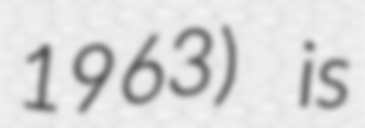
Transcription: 1963) is